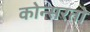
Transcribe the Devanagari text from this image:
कोन्सरतो